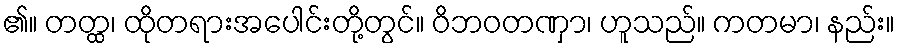
၏။ တတ္ထ၊ ထိုတရားအပေါင်းတို့တွင်။ ဝိဘဝတဏှာ၊ ဟူသည်။ ကတမာ၊ နည်း။